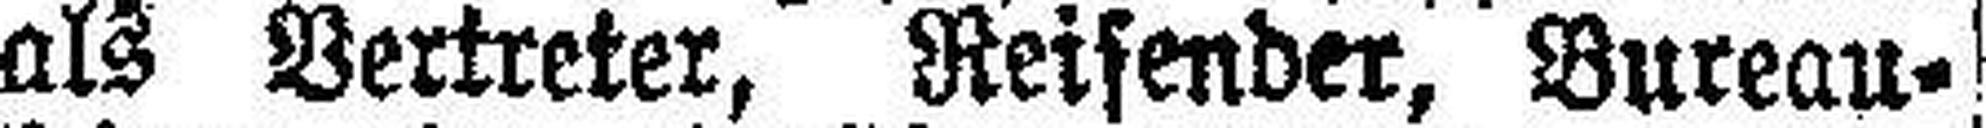
als Vertreter, Reifender, Bureau¬